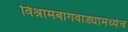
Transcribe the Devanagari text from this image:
विश्रामबागवाड्यामध्येच